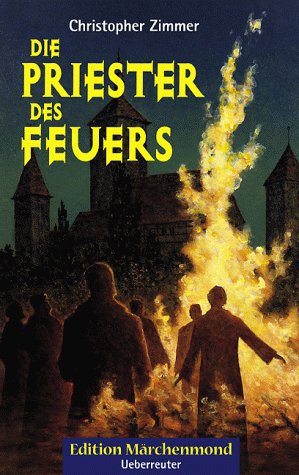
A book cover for Das Madchen Robinson (German Edition); Elfie Stejskal; Travel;